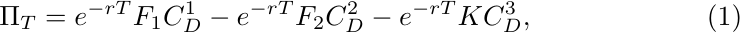
\begin{equation}\label{C}
\Pi_T=e^{-rT}F_{1}C_D^1-e^{-rT}F_{2}C_D^2-e^{-rT}KC_D^3,
\end{equation}